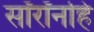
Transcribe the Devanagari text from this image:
सॉरॉनहि